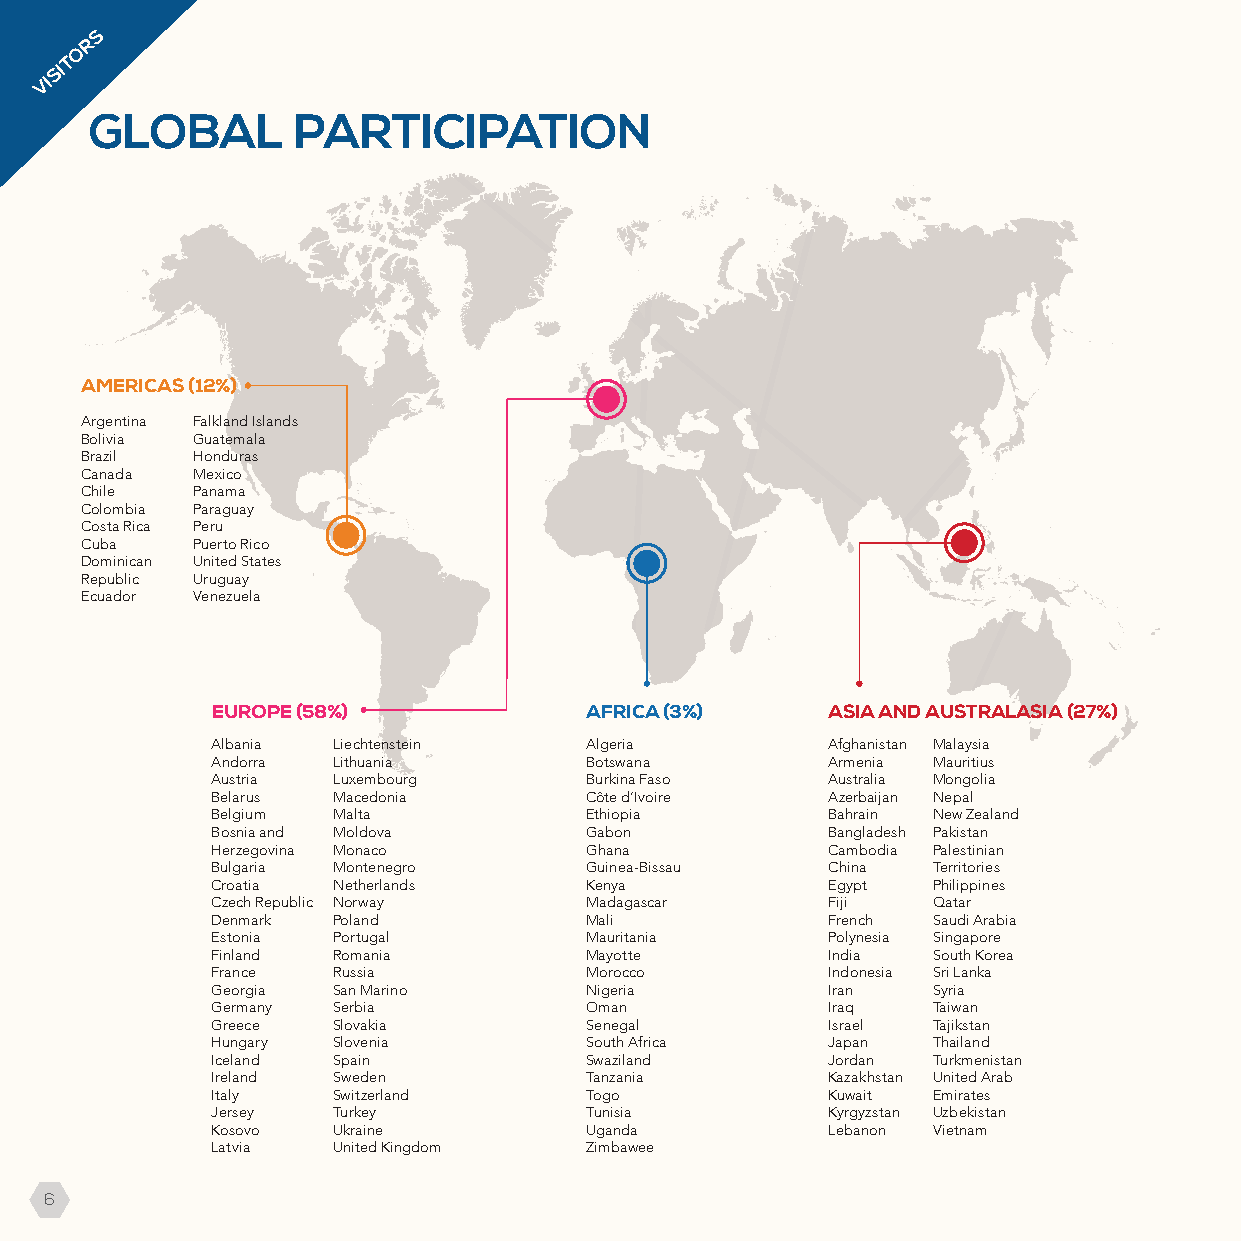
S
 R
 O
 T
 SI
 VI
 GLOBAL       PARTICIPATION
 AMERICAS (12%)
 Argentina Falkland Islands
 Bolivia Guatemala
 Brazil  Honduras
 Canada  Mexico
 Chile   Panama
 Colombia Paraguay
 Costa Rica Peru
 Cuba    Puerto Rico
 Dominican United States
 Republic Uruguay
 Ecuador Venezuela
 EUROPE (58%)             AFRICA (3%)     ASIA AND AUSTRALASIA (27%)
 Albania Liechtenstein    Algeria         Afghanistan Malaysia
 Andorra Lithuania        Botswana        Armenia Mauritius
 Austria Luxembourg       Burkina Faso    Australia Mongolia
 Belarus Macedonia        Côte d’Ivoire   Azerbaijan Nepal
 Belgium Malta            Ethiopia        Bahrain New Zealand
 Bosnia and Moldova       Gabon           Bangladesh Pakistan
 Herzegovina Monaco       Ghana           Cambodia Palestinian
 Bulgaria Montenegro      Guinea-Bissau   China  Territories
 Croatia Netherlands      Kenya           Egypt  Philippines
 Czech Republic Norway    Madagascar      Fiji   Qatar
 Denmark Poland           Mali            French Saudi Arabia
 Estonia Portugal         Mauritania      Polynesia Singapore
 Finland Romania          Mayotte         India  South Korea
 France  Russia           Morocco         Indonesia Sri Lanka
 Georgia San Marino       Nigeria         Iran   Syria
 Germany Serbia           Oman            Iraq   Taiwan
 Greece  Slovakia         Senegal         Israel Tajikstan
 Hungary Slovenia         South Africa    Japan  Thailand
 Iceland Spain            Swaziland       Jordan Turkmenistan
 Ireland Sweden           Tanzania        Kazakhstan United Arab
 Italy   Switzerland      Togo            Kuwait Emirates
 Jersey  Turkey           Tunisia         Kyrgyzstan Uzbekistan
 Kosovo  Ukraine          Uganda          Lebanon Vietnam
 Latvia  United Kingdom   Zimbawee
 6